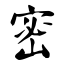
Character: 密